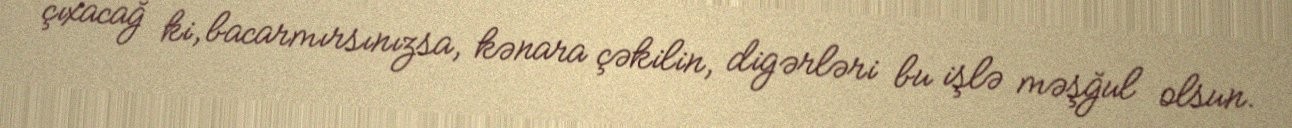
çıxacağ ki, bacarmırsınızsa, kənara çəkilin, digərləri bu işlə məşğul olsun.